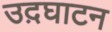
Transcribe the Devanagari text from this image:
उद़घाटन